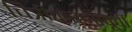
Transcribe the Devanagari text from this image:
चित्रीकरणापूर्वी